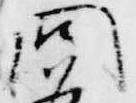
問